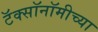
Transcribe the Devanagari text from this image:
टॅक्सॉनॉमीच्या